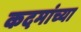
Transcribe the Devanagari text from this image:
कदमांच्या